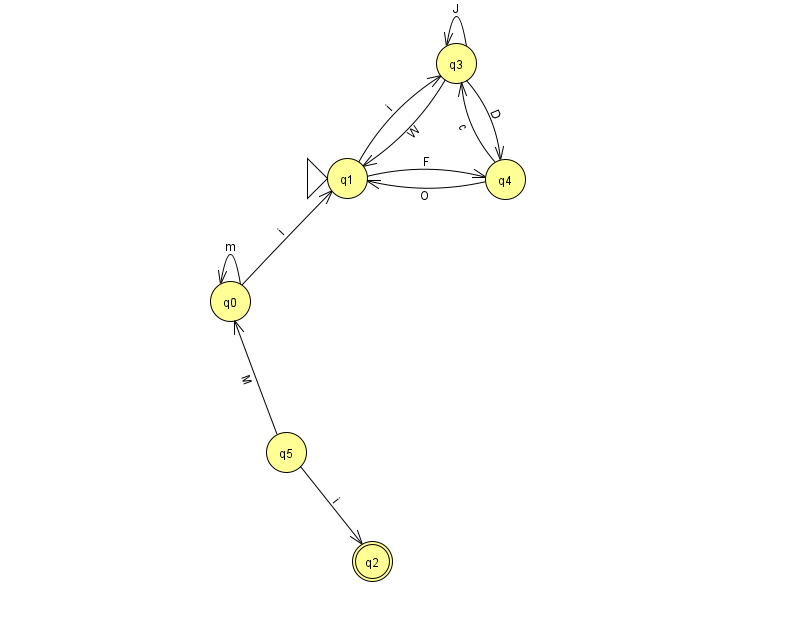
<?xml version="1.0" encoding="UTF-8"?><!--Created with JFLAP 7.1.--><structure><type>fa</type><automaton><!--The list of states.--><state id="0" name="q0"><x>230.0</x><y>288.0</y></state><state id="1" name="q1"><x>347.0</x><y>165.0</y><initial/></state><state id="2" name="q2"><x>372.0</x><y>548.0</y><final/></state><state id="3" name="q3"><x>456.0</x><y>50.0</y></state><state id="4" name="q4"><x>505.0</x><y>166.0</y></state><state id="5" name="q5"><x>286.0</x><y>439.0</y></state><!--The list of transitions.--><transition><from>5</from><to>0</to><read>M</read></transition><transition><from>5</from><to>2</to><read>i</read></transition><transition><from>3</from><to>1</to><read>W</read></transition><transition><from>4</from><to>1</to><read>O</read></transition><transition><from>1</from><to>3</to><read>i</read></transition><transition><from>3</from><to>3</to><read>J</read></transition><transition><from>4</from><to>3</to><read>c</read></transition><transition><from>3</from><to>4</to><read>D</read></transition><transition><from>0</from><to>0</to><read>m</read></transition><transition><from>1</from><to>4</to><read>F</read></transition><transition><from>0</from><to>1</to><read>i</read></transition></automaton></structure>